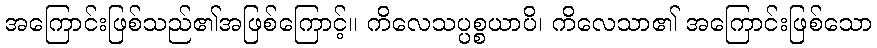
အကြောင်းဖြစ်သည်၏အဖြစ်ကြောင့်။ ကိလေသပ္ပစ္စယာပိ၊ ကိလေသာ၏ အကြောင်းဖြစ်သော